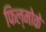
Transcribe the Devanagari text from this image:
फिल्मोके